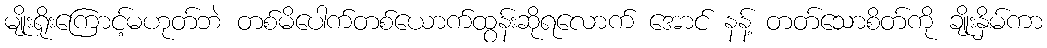
မျိုးရိုးကြောင့်မဟုတ်ဘဲ တစ်မိပေါက်တစ်ယောက်ထွန်းဆိုရလောက် အောင် နန့် တတ်သောစိတ်ကို ချိုးနှိမ်ကာ